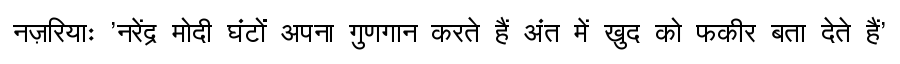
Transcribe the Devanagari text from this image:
नज़रियाः 'नरेंद्र मोदी घंटों अपना गुणगान करते हैं अंत में खुद को फकीर बता देते हैं'